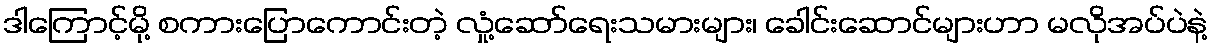
ဒါကြောင့်မို့ စကားပြောကောင်းတဲ့ လှုံ့ဆော်ရေးသမားများ၊ ခေါင်းဆောင်များဟာ မလိုအပ်ပဲနဲ့